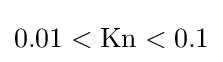
0.01<\mathrm {Kn} <0.1